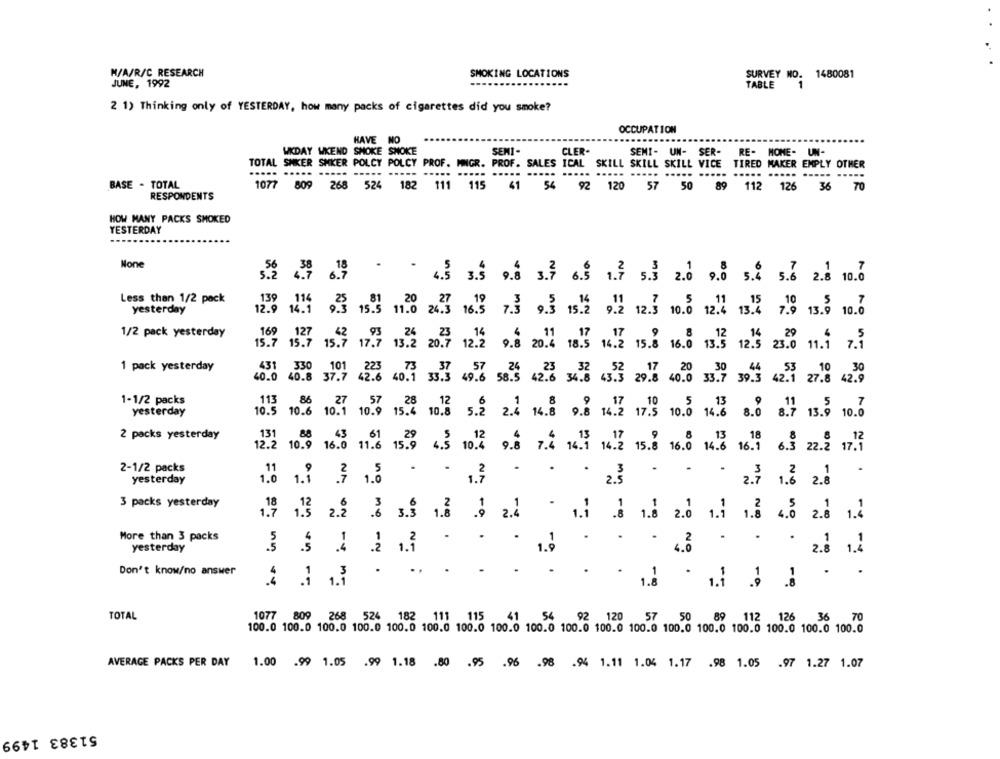
M/A/R/C RESEARCH
SMOKING LOCATIONS
SURVEY NO. 1480081
JUNE, 1992
TABLE
1
2 1) Thinking only of YESTERDAY, how many packs of cigarettes did you smoke?
OCCUPATION
HAVE NO
WKDAY WKEND SMOKE SMOKE
SEMI-
CLER-
SEMI- UN- SER-
RE- HOME- UN-
TOTAL SMKER SHKER POLCY POLCY PROF. MNGR. PROF. SALES ICAL SKILL SKILL SKILL VICE TIRED MAKER EMPLY OTHER
.....
.....
..
..... ..
BASE - TOTAL
1077
809
268 524
182 111 115
41
56
92 120
57 50
89
112 126
36 70
RESPONDENTS
HOW MANY PACKS SMOKED
YESTERDAY
43 3.3 .3 3.3 6.5 1.3 5.3 2.0 9.0 5.4 5.6 2.8 10.0
Less than 1/2 pack
139
yesterday
12.9 14.1
9.3 15.3
11.0 24.5 16.5 7.3 9.3 15.2 912 12.5 10.0 12.2 134 7.9 13.9 10.0
1/2 pack yesterday
169
26
15.7
15.7
15.7 17.7 13.2 20.7 12.2 9.8 20.4 18.5 14.2 15.5 16.0 13.5 12.5 23.0 11.1 7.1
1 pack yesterday
431
330
101
40.0 40.8 37.7 42.6 40.1 33.3 49.6 58.5 42.8 34.0 43 29.5 4020 33.9 39.5 42.1 270
1-1/2 packs
113
yesterday
10.5 10.6 10.1 10.9 15.4 10.8 5.2 2.4 14.8 9.8 14.2 17.5 10.0 14.0 8.0 8.7 13.9 10.0
2 packs yesterday
131
12.2 10.9 16.0 11.6 15.9 4.5 10.4 9.8 7.4 14.3 14.2 15.8 16.0 14.% 16.9 6.3 22.2 17.1
2-1/2 packs
yesterday
1.0 1.1 3 1.5 . - 1.3 . . . 23 · · · 2.3 1. 2.8
3 packs yesterday
1.7 1.5 2.2 .6 3.3 1.8 .9 2.4
no
More than 3 packs
yesterday
-N
1.2
Don't know/no answer
....
-
-0
TOTAL
1077 809 268 524 182 111 115
41
54
92 120 57 50 89 112 126 36 70
100.0 100.0 100.0 100.0 100.0 100.0 100.0 100.0 100.0 100.0 100.0 100.0 100.0 100.0 100.0 100.0 100.0 100.0
AVERAGE PACKS PER DAY
1.00 .99 1.05 .99 1.18 .80 .95 .96 .98 .94 1.11 1.04 1.17 .98 1.05 .97 1.27 1.07
51383 1499